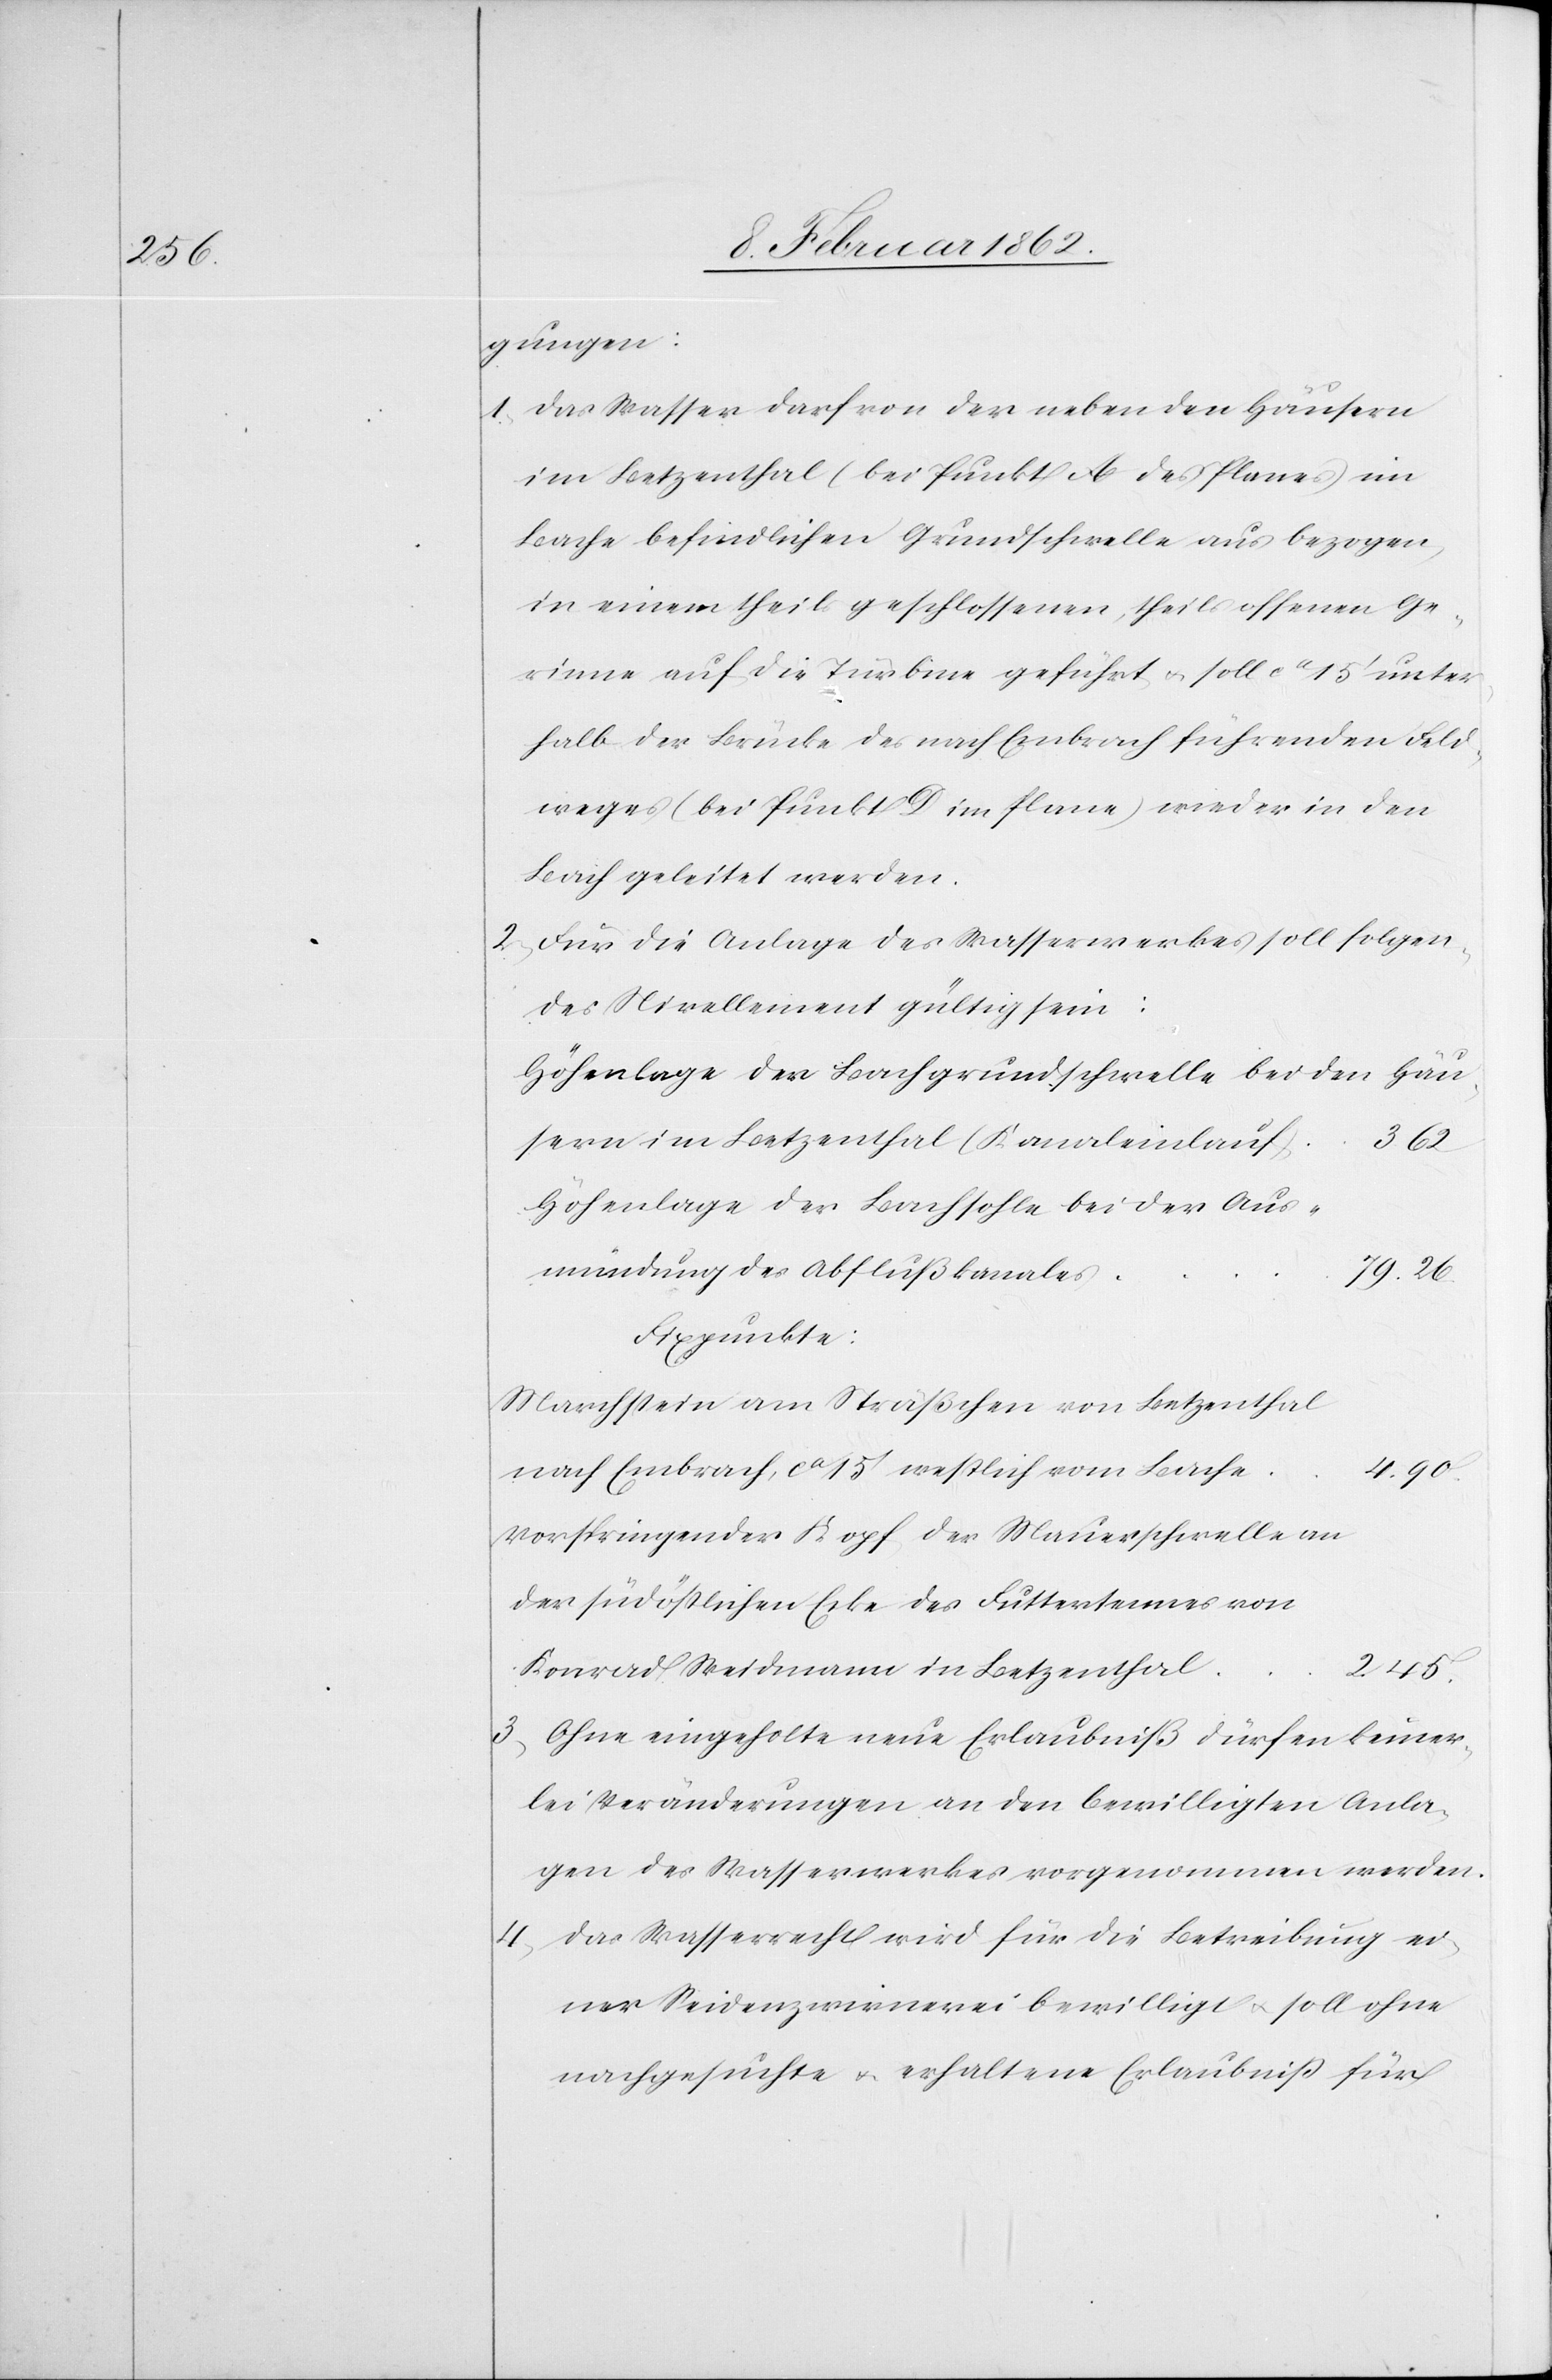
gungen:
1) Das Wasser darf von der neben den Häusern
im Betzenthal (bei Punkt A des Planes) im
Bache befindlichen Grundschwelle aus bezogen,
in einem theils geschlossenen, theils offenen Ge¬
rinne auf die Turbine geführt u. soll ca 15’ unter¬
halb der Brücke des nach Embrach führenden Feld¬
weges (bei Punkt D im Plane) wieder in den
Bach geleitet werden.
2) Für die Anlage des Wasserwerkes soll folgen¬
des Nivellement gültig sein:
Höhenlage der Bachgrundschwelle bei den Häu¬
sern im Betzenthal (Kanaleinlauf)
3.62
Höhenlage der Bachsohle bei der Aus¬
mündung des Abflußkanales
79.26
Fixpunkte:
Marchstein am Sträßchen von Betzenthal
nach Embrach, ca 15’ westlich vom Bache
4.90.
vorspringender Kopf der Mauerschwelle an
der südöstlichen Ecke des Futtertennes von
Konrad Weidmann in Betzenthal
2.45.
3) Ohne eingeholte neue Erlaubniß dürfen keiner¬
lei Veränderungen an den bewilligten Anla¬
gen des Wasserwerkes vorgenommen werden.
4) Das Wasserrecht wird für die Betreibung ei¬
ner Seidenzwirnerei bewilligt u. soll ohne
nachgesuchte u. erhaltene Erlaubniß für